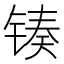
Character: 𬭟